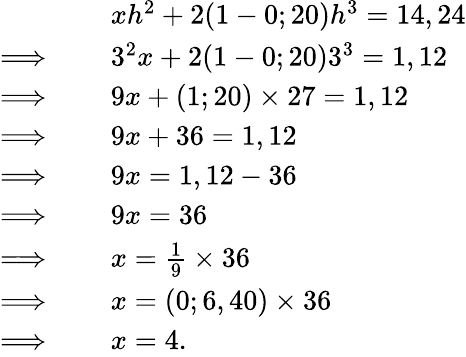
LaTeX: \begin{array}{rl}&{~~xh^{2}+2(1-0;20)h^{3}=14,24}\\ {\Longrightarrow~~}&{~~3^{2}x+2(1-0;20)3^{3}=1,12}\\ {\Longrightarrow~~}&{~~9x+(1;20)\times 27=1,12}\\ {\Longrightarrow~~}&{~~9x+36=1,12}\\ {\Longrightarrow~~}&{~~9x=1,12-36}\\ {\Longrightarrow~~}&{~~9x=36}\\ {\Longrightarrow~~}&{~~x=\frac{1}{9}\times 36}\\ {\Longrightarrow~~}&{~~x=(0;6,40)\times 36}\\ {\Longrightarrow~~}&{~~x=4.}\end{array}